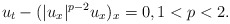
\begin{align*}u_t-(|u_x|^{p-2}u_x)_x=0,1<p<2.\end{align*}